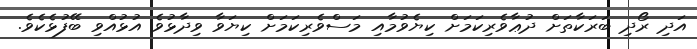
އަދި ރޯދި ބަރަކާތަށް ދުޢާވެރިކަމަށް ކިޔެވުމާއި މަސްވެރިކަމަށް ކިޔަވާ ވިދާޅުވެ އުޅުއްވި ބޭފުޅެކެވެ.